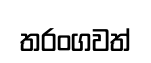
තරංගවත්